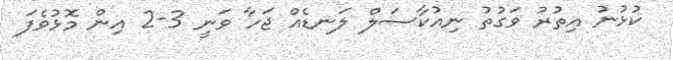
ކުޅުނު އިތުރު ވަގުތު ނިއުކާސަލް ލަނޑެއް ޖަހާ ވަނީ 3-2 އިން މޮޅުވެފަ